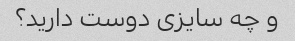
و چه سایزی دوست دارید؟